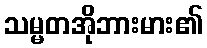
သမ္မတအိုဘားမား၏